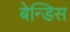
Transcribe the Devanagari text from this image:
बेन्डिस